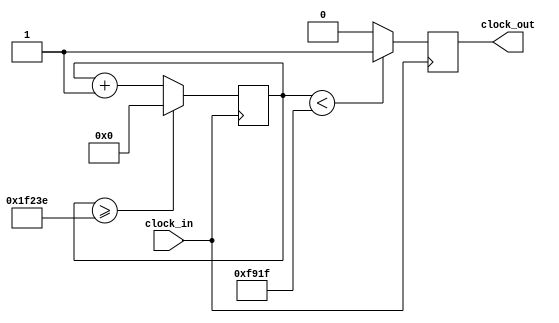
`timescale 1ns / 1ps
//////////////////////////////////////////////////////////////////////////////////
// Company: 
// Engineer: 
// 
// Design Name: 
// Module Name:    sol2 
// Project Name: 
// Target Devices: 
// Tool versions: 
// Description: 
//
// Dependencies: 
//
// Revision: 
// Revision 0.01 - File Created
// Additional Comments: 
//
//////////////////////////////////////////////////////////////////////////////////
module sol2 (input clock_in, output reg clock_out);

reg [27:0]  counter = 28'd0;
parameter DIVISOR = 28'd127551;
always @(posedge clock_in)
begin
counter <= counter + 28'd1;
if (counter >=(DIVISOR-1))
counter <= 28'd0;
clock_out <= (counter<DIVISOR/2)?1'b1:1'b0;

end

endmodule